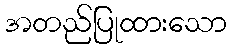
အတည်ပြုထားသော